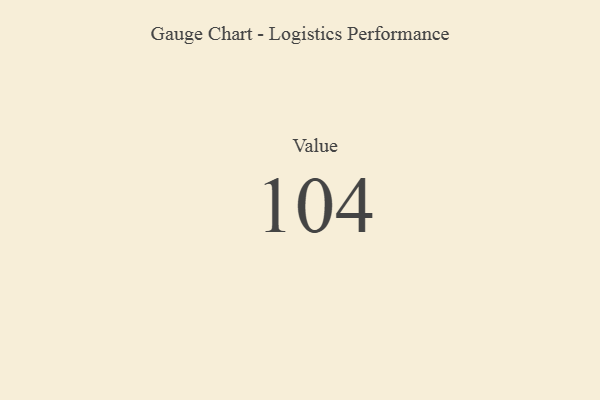
{"axis": {"x": "Metric", "y": "Value"}, "legend": [""], "data": [{"x": "Value", "y": 104, "type": ""}]}